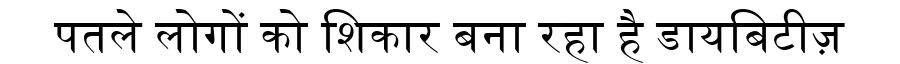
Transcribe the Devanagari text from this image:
पतले लोगों को शिकार बना रहा है डायबिटीज़